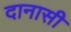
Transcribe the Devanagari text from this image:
दानासी